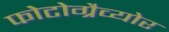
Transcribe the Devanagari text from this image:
फोटोग्रैव्योर